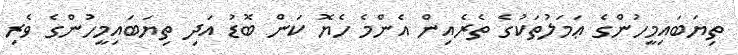
ތިޔަބައިމީހުންގެ ޢަމަލުތަކުގެ ތެރެއިން އެންމެ ހެޔޮ ކަން ބޮޑު އަދި ތިޔަބައިމީހުންގެ ވެރި